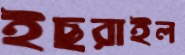
ইছরাইল